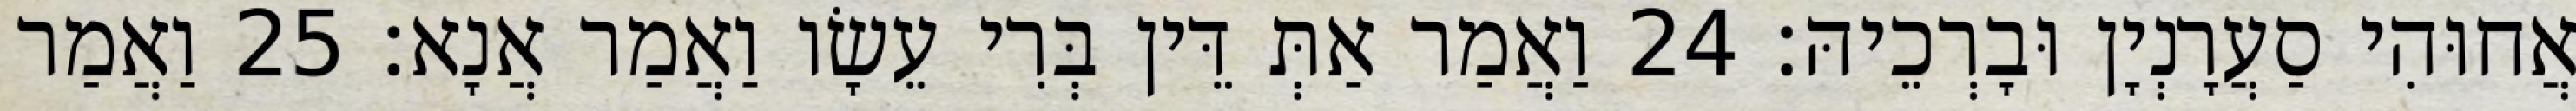
אֲחוּהִי סַעֲרָנְיָן וּבָרְכֵיהּ׃ 24 וַאֲמַר אַתְּ דֵּין בְּרִי עֵשָׂו וַאֲמַר אֲנָא׃ 25 וַאֲמַר